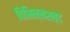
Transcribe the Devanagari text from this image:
विभिन्नशब्द